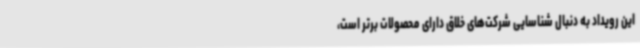
این رویداد به دنبال شناسایی شرکت‌های خلاق دارای محصولات برتر است،